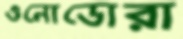
ওনোডোরা